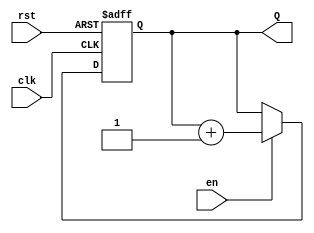
module binary_up_counter #(
    parameter N = 4  // Number of bits in the counter
)(
    input wire clk,   // Clock signal
    input wire rst,   // Asynchronous reset
    input wire en,    // Enable signal
    output reg [N-1:0] Q  // n-bit output count
);

// Asynchronous reset and counting logic
always @(posedge clk or posedge rst) begin
    if (rst) begin
        Q <= 0;  // Reset the counter to 0
    end else if (en) begin
        Q <= Q + 1;  // Increment the counter
    end
end

endmodule